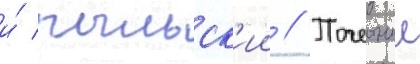
и́ рыльск'ии // Почетныи